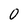
Character: 0